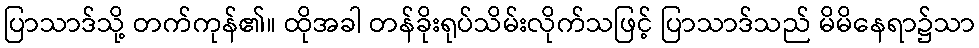
ပြာသာဒ်သို့ တက်ကုန်၏။ ထိုအခါ တန်ခိုးရုပ်သိမ်းလိုက်သဖြင့် ပြာသာဒ်သည် မိမိနေရာ၌သာ